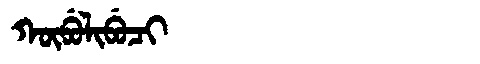
Manchu: ᡴᡡᠪᡠᠯᡳᠪᡠᠴᡳ
Romanization: KŪBULIBUCI